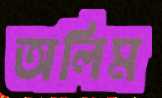
অলিম